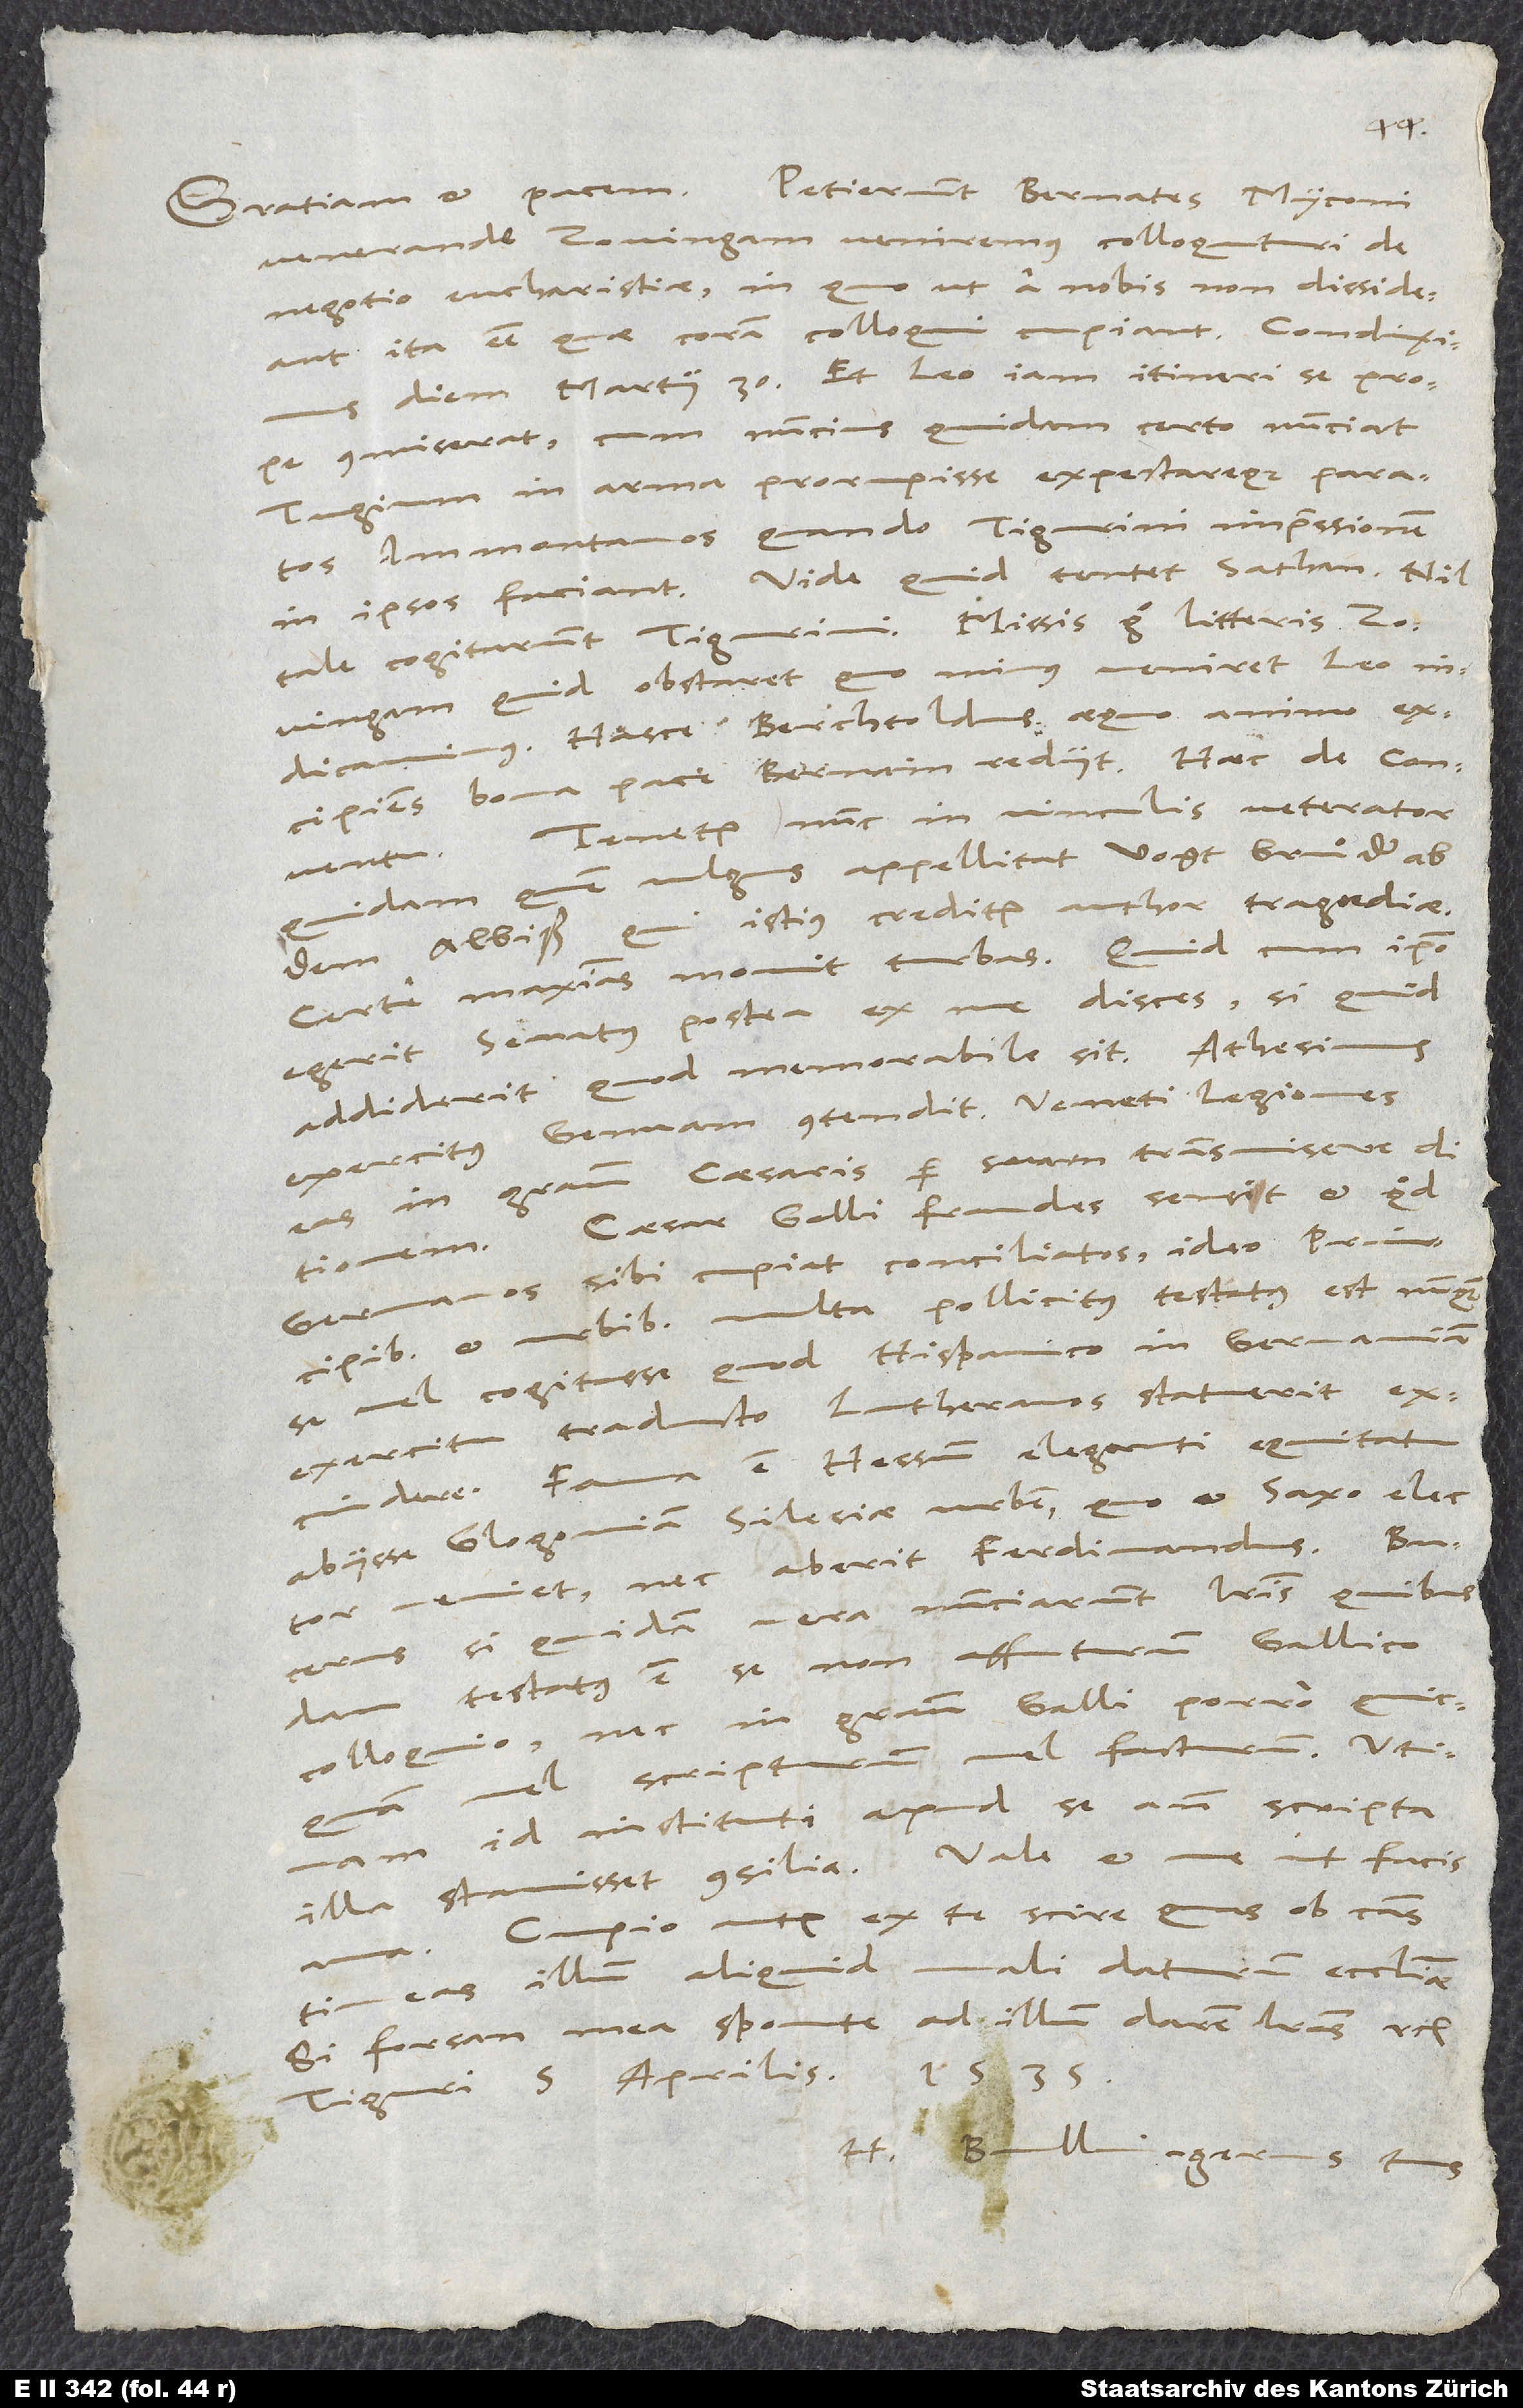
Petierunt Bernates, Myconi
Gratiam et pacem.
venerande, Zovingam veniremus colloquuturi de
negotio eucharistiae, in quo ut a nobis non dissideant,
ita esse, quae coram colloqui cupiant. Condiximus
diem martii 30., et Leo iam itineri se prope
commiserat, cum nuncius quidam certo nunciat
Tugium in arma prorupisse expectareque paratos
Immontanos, quando Tigurini impressionem
in ipsos faciant. Vide, quid tentet sathan! Nil
tale cogitarunt Tigurini. Missis ergo literis
Zovingam, quid obstaret, quominus veniret Leo,
indicavimus. Hasce Berchtoldus aequo animo
excipiens bona pace Bernam rediit. Haec de conventu.
Tenetur nunc in vinculis veterator
quidam, quem vulgus appellitat vogt Bruͦder ab
dem Albiß, qui istius creditur author tragoediae.
Certe maximas movit turbas. Quid cum ipso
egerit senatus, postea ex me disces, si quid
addiderit, quod memorabile sit.
exercitus Genuam contendit. Veneti legiones
eas in gratiam caesaris per suam transmisere ditionem.
Caesar Galli fraudes sensit et quod
Germanos sibi cupiat conciliatos. Ideo principibus
urbibus multa pollicitus testatus est nunquam
se vel cogitasse, quod Hispanico in Germaniam
exercitu traducto Lutheranos statuerit
Fama est Hessum eleganti equitatu
abiisse Glogoviam, Silesiae urbem, quo et Saxo elector
veniet, nec aberit Ferdinandus.
Bucerus, si quidam vera nunciarunt, literis quibusdam
testatus est se non affuturum Gallico
colloquio nec in gratiam Galli porro quicquam
vel facturum. Utinam
vel scripturum
id instituti apud se ante scripta
Cupio autem ex te scire, quas ob causas
ama.
timeas illum aliquid mali daturum ecclesiae,
si forsan mea sponte ad illum darem literas etc.
Tiguri, 5. aprilis 1535.
H. Bullingerus tuus.